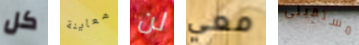
كل معاينة لن معي مستقبلى